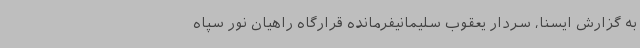
به گزارش ایسنا، سردار یعقوب سلیمانیفرمانده قرارگاه راهیان نور سپاه